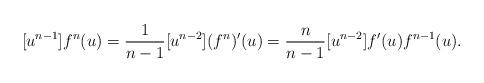
LaTeX: \begin{align*}[u^{n-1}]f^n(u) = \frac{1}{n-1}[u^{n-2}](f^n)'(u) = \frac{n}{n-1} [u^{n-2}]f'(u) f^{n-1}(u) .\end{align*}